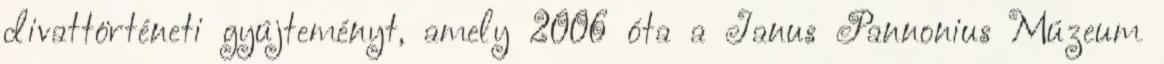
divattörténeti gyûjteményt, amely 2006 óta a Janus Pannonius Múzeum